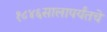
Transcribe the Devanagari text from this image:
१८४६सालापर्यंतचे